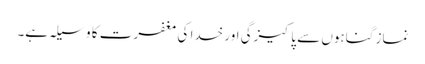
نماز گناہوں سے پاکیزگی اور خدا کی مغفرت کا وسیلہ ہے۔